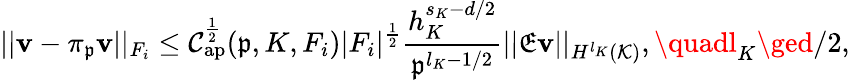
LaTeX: ||\mathbf{v}-\pi_{\mathfrak{{p}}}\mathbf{v}||_{F_{i}}\le\mathcal{{C}}_{\mathrm{{ap}}}^{\frac{{1}}{{2}}}(\mathfrak{{p}},K,F_{i})|F_{i}|^{\frac{{1}}{{2}}}\frac{{h_{K}^{s_{K}-d/2}}}{{\mathfrak{{p}}^{l_{K}-1/2}}}||\mathfrak{{E}}\mathbf{v}||_{H^{l_{K}}(\mathcal{{K}})},\quadl_{K}\ged/2,